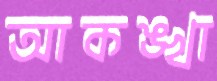
আকঙ্খা